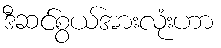
ဒီဆင်စွယ်အားလုံးဟာ